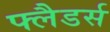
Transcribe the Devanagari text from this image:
फ्लैडर्स